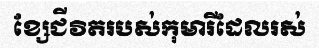
ខ្សែជីវិតរបស់កុមារីដែលរស់